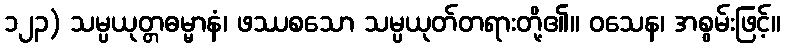
၁၂၃) သမ္ပယုတ္တဓမ္မာနံ၊ ဖဿစသော သမ္ပယုတ်တရားတို့၏။ ဝသေန၊ အစွမ်းဖြင့်။